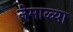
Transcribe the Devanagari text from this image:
नेमाळ्या